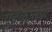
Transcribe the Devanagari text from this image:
मुद्रकातर्फे